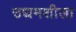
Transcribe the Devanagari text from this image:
उद्यमशीला